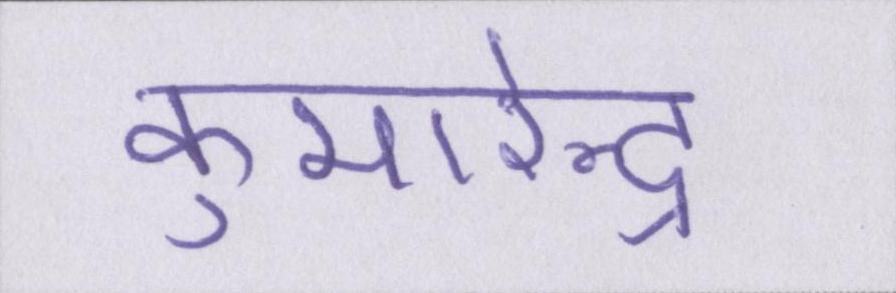
कुमारेन्द्र